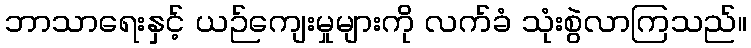
ဘာသာရေးနှင့် ယဉ်ကျေးမှုများကို လက်ခံ သုံးစွဲလာကြသည်။